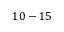
1 0 - 1 5